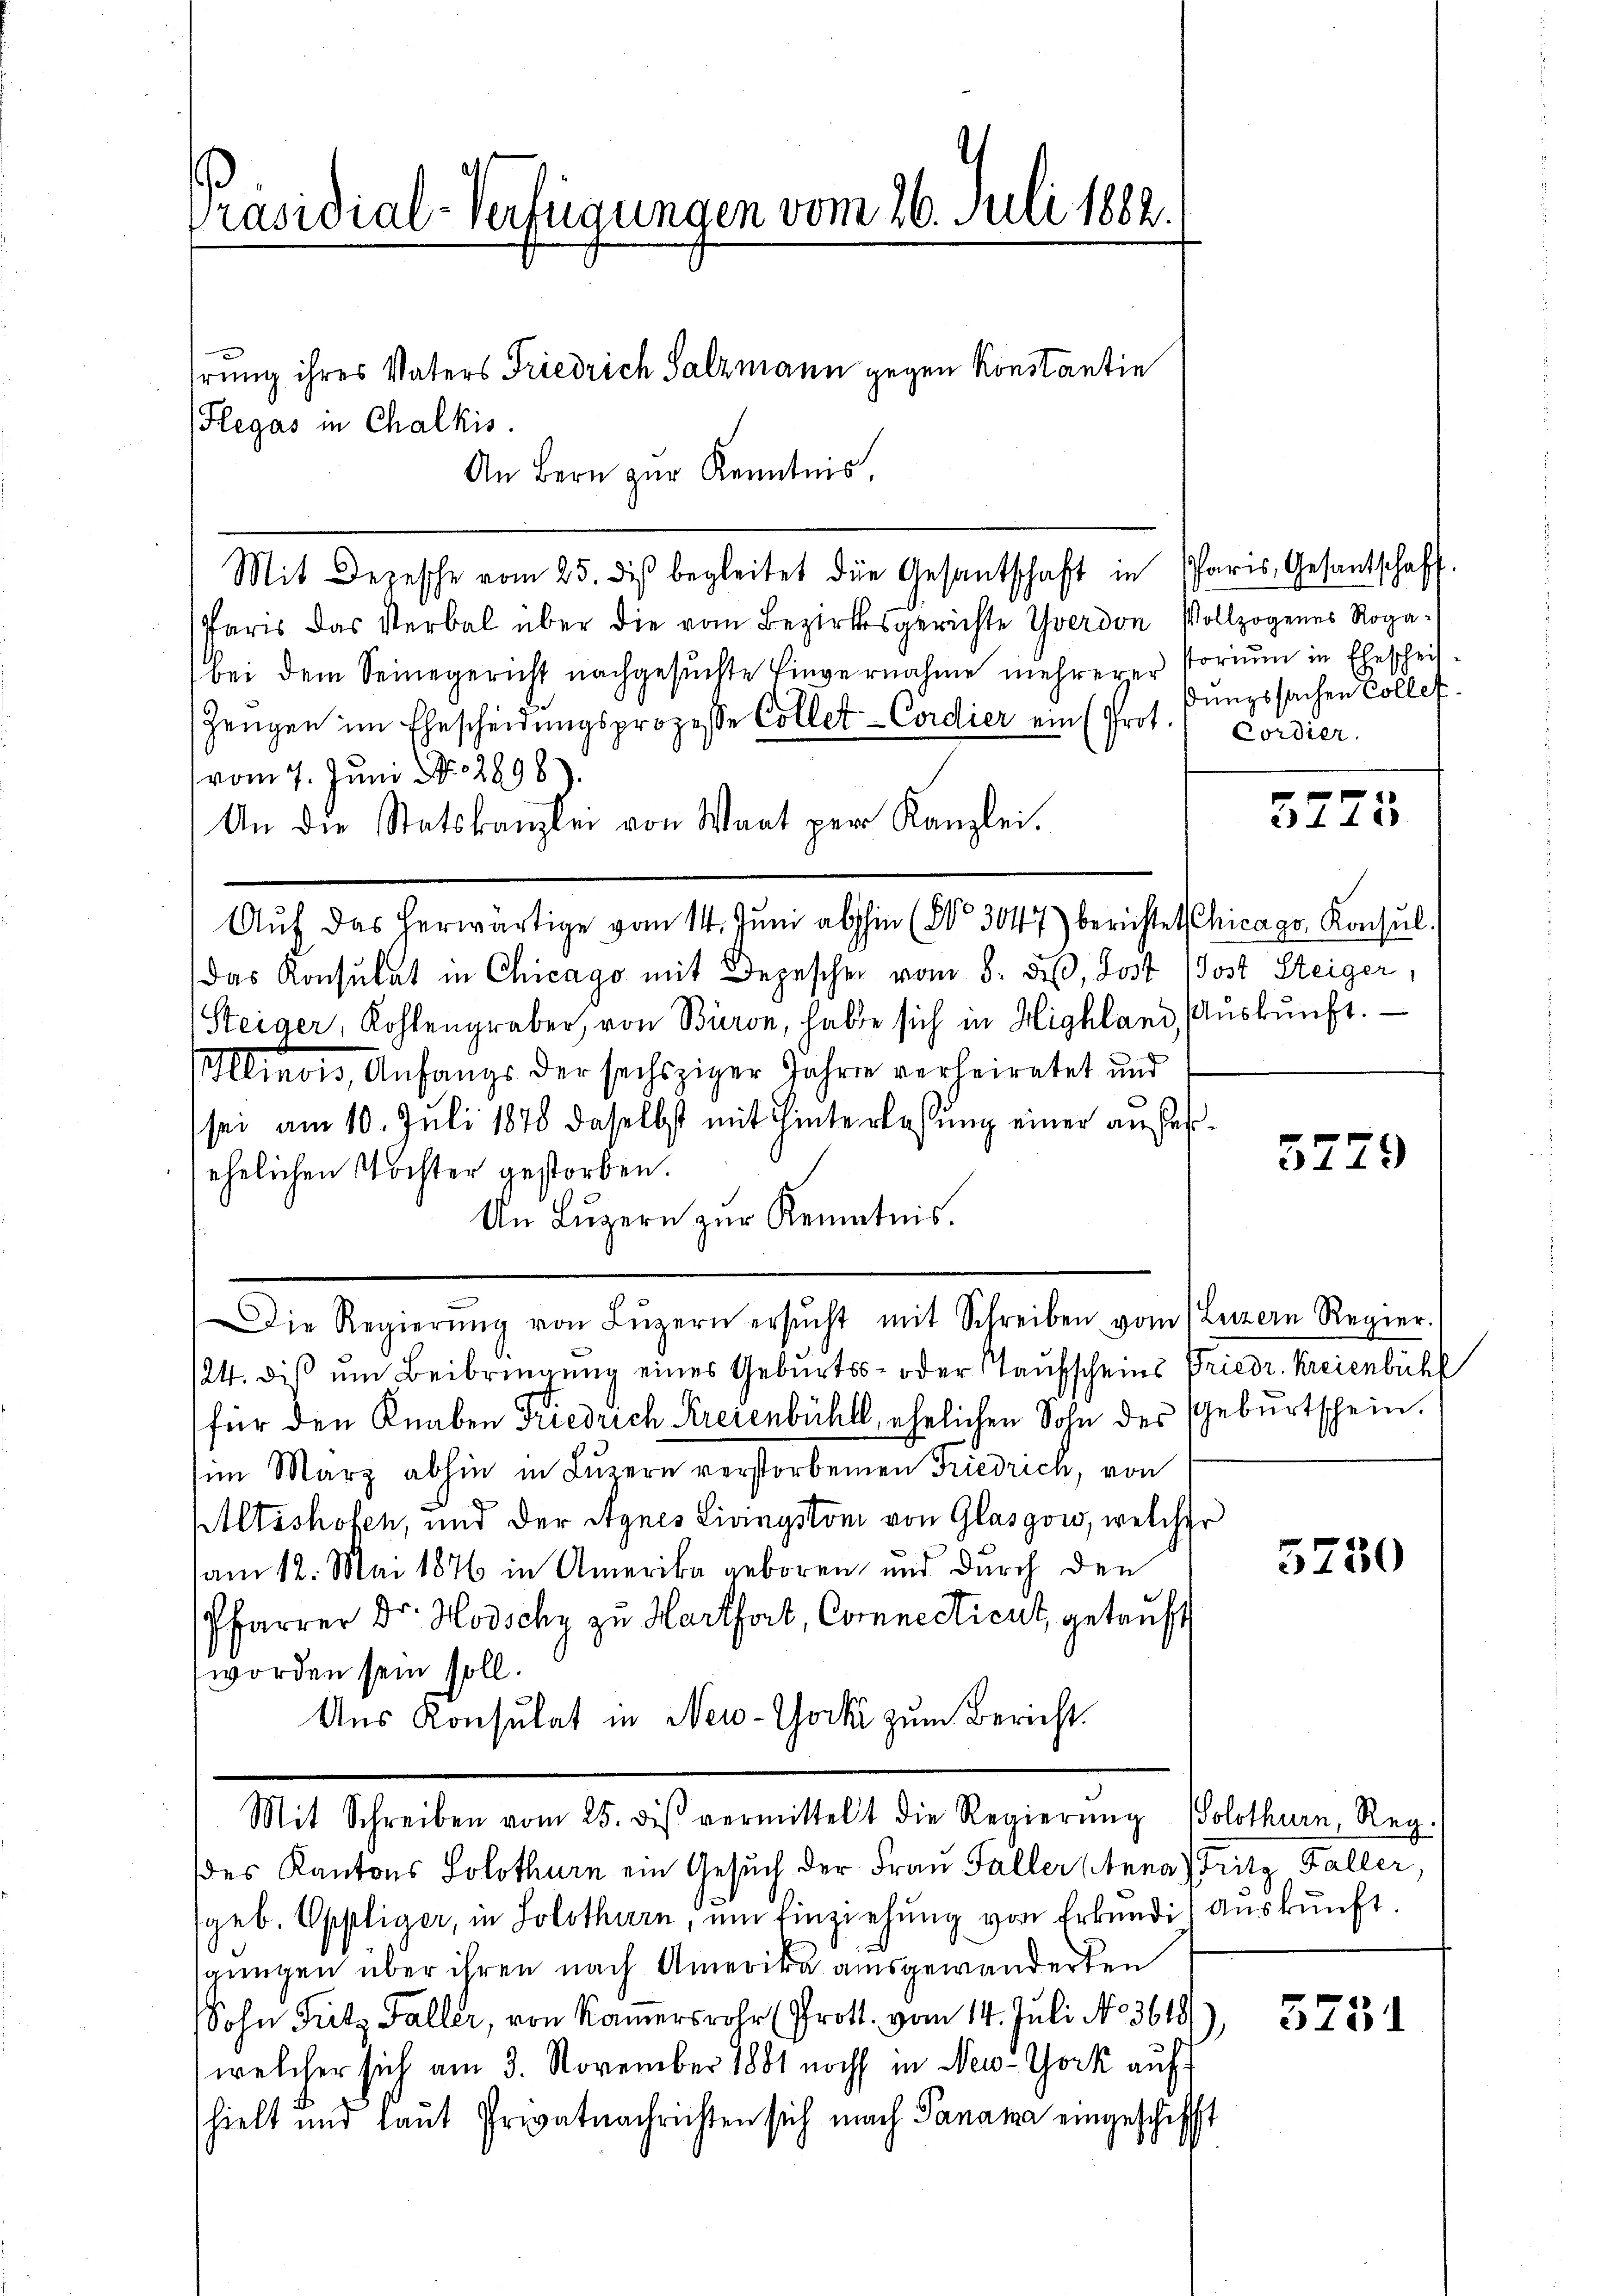
Präsidial-Verfügungen vom 26. Juli 1882.
hrung ihres Vaters Friedrich Salzmann gegen Konstantin
Flegas in Chalkis.

An Bern zur Kenntnis.
Mit Depesche vom 25. des begleitet die Gesantschaft in Paris Gesantschaft.
Paris das Verbal über die vom Bezirksgerichte Yverdon Vollzogenes Rogabei dem Seinegericht nachgesŭchte Einvernahme mehrerer Poriŭm in Ehescheit.
Zeugen im Ehescheidŭngsprozesse Collet-Cordier ein (Prot.
vom 7. Juni No 2898).
An die Statskanzlei von Waat per Kanzlei.
Aŭf das herwärtige vom 14. Juni abhin (§ 3047) berichte Chicago, Konsul
das Konsulat in Chicago mit Depeschen vom 8. diβ, Jost (Post Steiger,
Steiger, Kohlengraber, von Büron, halbe sich in Highland, Aŭskŭnft.
llinois, Anfangs der sechsziger Jahren verheiratet und
sei am 10. Juli 1878 daselbst mit Hinterlassung einer auferehelichen Tochter gestorben.
An Luzern zur Kenntnis.
Die Regierŭng von Lŭzern ersŭcht mit Schreiben vom 1 Luzern Regier.
124. diβ ŭm Beibringung eines Geburts- oder Taufscheins Friedr. Kreienbühl
für den Knaben Friedrich Kreienbühll, ehelichen Sohn des Geburtschein.
(im März abhin in Luzern verstorbenen Friedrich, von
Altishofen, und der Agnes Livinyston von Glasgow, welcher
am 12. Mai 1876 in Amerika geboren und durch den
Pfarrer Dr. Hodschy zu Harthort, Comnecticut, getauft
worden sein soll.
Ans Konsulat in New-York zum Bericht.
Mit Schreiben vom 25. des vermittelt die Regierŭng (Solothurn, Reg.
des Kantons Solothurn ein Gesuch der Frau Faller Anna Fritz Faller
geb. Oppliger, in Solothurn, um Einziehung von Erkundig auskunft.
gungen über ihren nach Amerika ausgewanderten
Sohn Fritz Faller, von Kamersrohr (Prott. vom 14. Juli No 3619
1
welcher sich am 3. November 1881 noch in New-York auf
hielt und laut Privatnachrichten sich nach Panama eingeschifft

ßungssachen Collet.
Cordier.

3775

5279

5750

5751